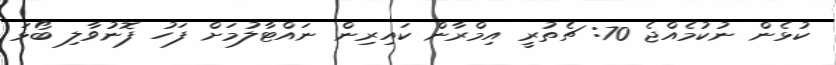
ކުޅެން ނުކުމެއްޖެ 70: ޗެތުރީ އިމްރާން ކައިރިން ނައްޓާލުމަށް ފަހު ފޮނުވާލި ބޯޅަ